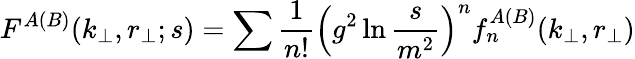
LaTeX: F^{A(B)}(k_{\perp},r_{\perp};s)=\sum{\frac{1}{n!}}\left(g^{2}\ln{\frac{s}{m^{2}}}\right)^{n}f_{n}^{A(B)}(k_{\perp},r_{\perp})